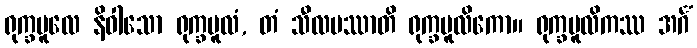
ရုက္ခမူလေ နိဝါသော ရုက္ခမူလံ, တံ သီလမဿာတိ ရုက္ခမူလိကော။ ရုက္ခမူလိကဿ အင်္ဂံ